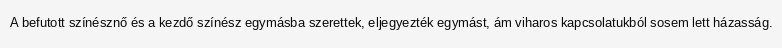
A befutott színésznő és a kezdő színész egymásba szerettek, eljegyezték egymást, ám viharos kapcsolatukból sosem lett házasság.